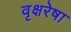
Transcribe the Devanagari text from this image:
वृक्षरेषा